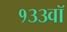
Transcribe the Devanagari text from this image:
१३३वॉ